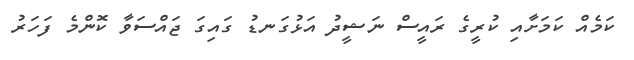
ކަމެއް ކަމަށާއި ކުރީގެ ރައީސް ނަޝީދު އަޅުގަނޑު ގައިގަ ޖައްސަވާ ކޮންމެ ފަހަރު